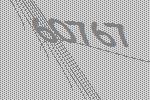
60767